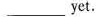
___ yet.